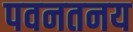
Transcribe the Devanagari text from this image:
पवनतनय